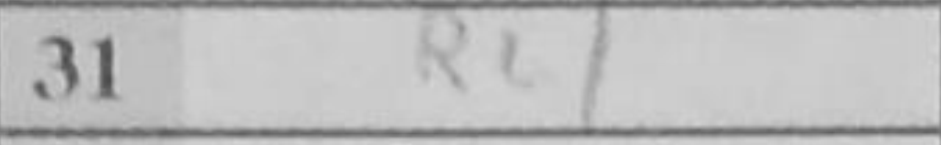
Transcription: Rc1